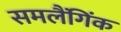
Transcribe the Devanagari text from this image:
समलैंगिंक